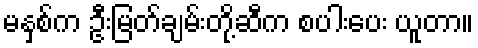
မနှစ်က ဦးမြတ်ချမ်းတို့ဆီက စပါးပေး ယူတာ။